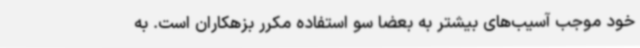
خود موجب آسیب‌های بیشتر به بعضاً سو استفاده مکرر بزهکاران است. به